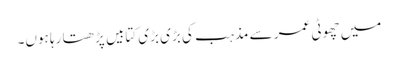
میں چھوٹی عمر سے مذہب کی بڑی بڑی کتابیں پڑھتا رہا ہوں۔